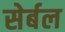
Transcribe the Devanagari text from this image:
सेर्बल